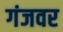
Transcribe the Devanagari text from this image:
गंजवर